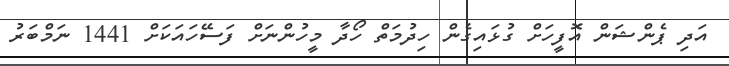
އަދި ޕެންޝަން އޮފީހަށް ގުޅައިގެން ހިދުމަތް ހޯދާ މީހުންނަށް ފަސޭހައަކަށް 1441 ނަމްބަރު